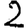
Digit: 2